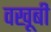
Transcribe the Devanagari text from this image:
वखूबी